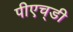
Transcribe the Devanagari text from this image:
पीएच्‌डी